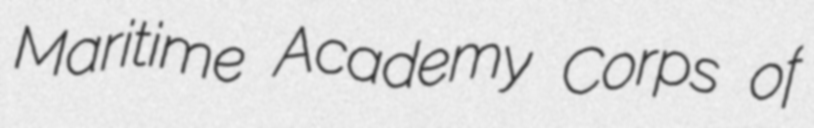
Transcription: Maritime Academy Corps of